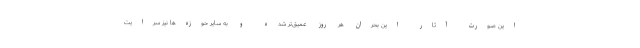
این صورت آثار این بحران هر روز عمیق‌تر شده و به سایر حوزه‌ها نیز سرایت